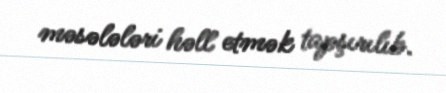
məsələləri həll etmək tapşırılıb.